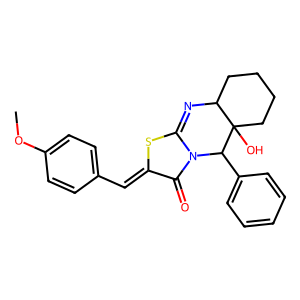
SMILES: COc1ccc(C=c2sc3n(c2=O)C(c2ccccc2)C2(O)CCCCC2N=3)cc1
Inhibits HIV replication: No